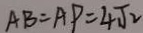
A B = A P = 4 \sqrt { 2 }